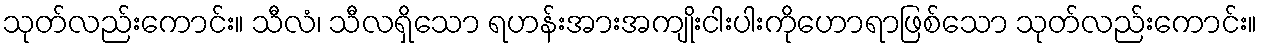
သုတ်လည်းကောင်း။ သီလံ၊ သီလရှိသော ရဟန်းအားအကျိုးငါးပါးကိုဟောရာဖြစ်သော သုတ်လည်းကောင်း။